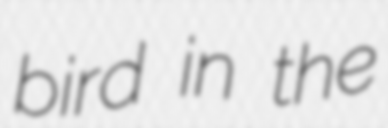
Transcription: bird in the